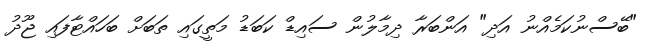
"ބޭސްނުކަމެއްނު އަދި" އަންބަރާ ދިމާލުން ސައިޑް ކަބަޑު މަތީގައި ތަބަށް ބަހައްޓާފައި ޖޫދު